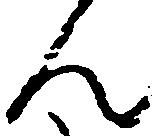
ん